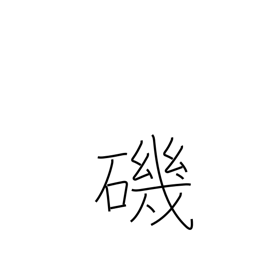
Meaning: beach